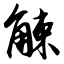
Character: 觫